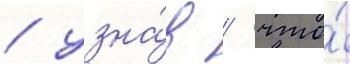
/ узна́в / что́